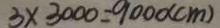
3 \times 3 0 0 0 = 9 0 0 0 ( c m )